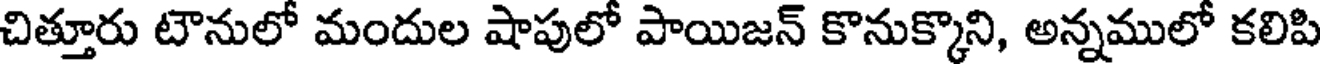
చిత్తూరు టౌనులో మందుల షాపులో పాయిజన్ కొనుక్కొని, అన్నములో కలిపి